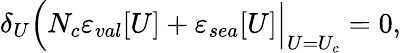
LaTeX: \delta_{U}\Bigl(N_{c}\varepsilon_{val}[U]+\varepsilon_{sea}[U]\Bigr|_{U=U_{c}}=0,